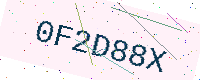
Text: 0F2D88X